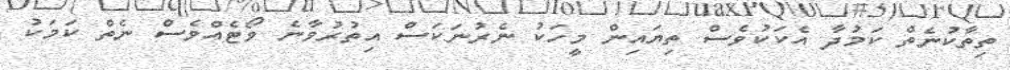
ތިތާކުނެތް ކަމުދާ އެކަކުވެސް ތިޔައިން މީހަކު ނެރުނަކަސް އިތުރުވާނެ ވޯޓެއްވެސް ނެތް ކަމަކު